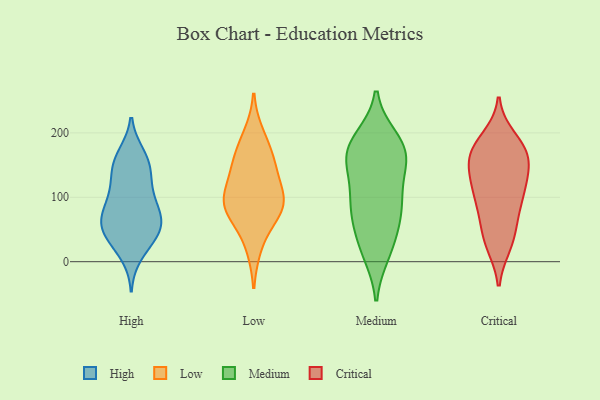
{"axis": {"x": "Page Views", "y": "Value"}, "legend": ["Critical", "High", "Low", "Medium"], "data": [{"x": "", "y": 45, "type": "High"}, {"x": "", "y": 91, "type": "High"}, {"x": "", "y": 128, "type": "High"}, {"x": "", "y": 94, "type": "High"}, {"x": "", "y": 53, "type": "High"}, {"x": "", "y": 91, "type": "High"}, {"x": "", "y": 11, "type": "High"}, {"x": "", "y": 166, "type": "High"}, {"x": "", "y": 144, "type": "High"}, {"x": "", "y": 64, "type": "High"}, {"x": "", "y": 31, "type": "High"}, {"x": "", "y": 69, "type": "High"}, {"x": "", "y": 56, "type": "High"}, {"x": "", "y": 153, "type": "High"}, {"x": "", "y": 123, "type": "High"}, {"x": "", "y": 37, "type": "High"}, {"x": "", "y": 162, "type": "High"}, {"x": "", "y": 63, "type": "High"}, {"x": "", "y": 140, "type": "Low"}, {"x": "", "y": 24, "type": "Low"}, {"x": "", "y": 196, "type": "Low"}, {"x": "", "y": 167, "type": "Low"}, {"x": "", "y": 84, "type": "Low"}, {"x": "", "y": 89, "type": "Low"}, {"x": "", "y": 74, "type": "Low"}, {"x": "", "y": 157, "type": "Low"}, {"x": "", "y": 97, "type": "Low"}, {"x": "", "y": 84, "type": "Low"}, {"x": "", "y": 118, "type": "Low"}, {"x": "", "y": 154, "type": "Medium"}, {"x": "", "y": 161, "type": "Medium"}, {"x": "", "y": 183, "type": "Medium"}, {"x": "", "y": 87, "type": "Medium"}, {"x": "", "y": 91, "type": "Medium"}, {"x": "", "y": 13, "type": "Medium"}, {"x": "", "y": 191, "type": "Medium"}, {"x": "", "y": 97, "type": "Medium"}, {"x": "", "y": 170, "type": "Medium"}, {"x": "", "y": 73, "type": "Medium"}, {"x": "", "y": 106, "type": "Medium"}, {"x": "", "y": 14, "type": "Medium"}, {"x": "", "y": 40, "type": "Medium"}, {"x": "", "y": 150, "type": "Medium"}, {"x": "", "y": 52, "type": "Medium"}, {"x": "", "y": 188, "type": "Medium"}, {"x": "", "y": 158, "type": "Medium"}, {"x": "", "y": 142, "type": "Critical"}, {"x": "", "y": 110, "type": "Critical"}, {"x": "", "y": 104, "type": "Critical"}, {"x": "", "y": 162, "type": "Critical"}, {"x": "", "y": 177, "type": "Critical"}, {"x": "", "y": 66, "type": "Critical"}, {"x": "", "y": 173, "type": "Critical"}, {"x": "", "y": 29, "type": "Critical"}, {"x": "", "y": 131, "type": "Critical"}, {"x": "", "y": 72, "type": "Critical"}, {"x": "", "y": 176, "type": "Critical"}, {"x": "", "y": 97, "type": "Critical"}, {"x": "", "y": 149, "type": "Critical"}, {"x": "", "y": 113, "type": "Critical"}, {"x": "", "y": 165, "type": "Critical"}, {"x": "", "y": 191, "type": "Critical"}, {"x": "", "y": 27, "type": "Critical"}, {"x": "", "y": 38, "type": "Critical"}]}